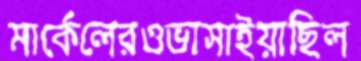
মার্কেলেরওভাসাইয়াছিল